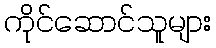
ကိုင်ဆောင်သူများ